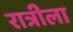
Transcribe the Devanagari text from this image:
रात्रीला